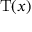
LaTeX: \mathrm { T } ( x )